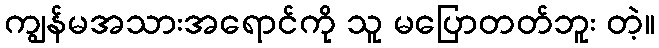
ကျွန်မအသားအရောင်ကို သူ မပြောတတ်ဘူး တဲ့။